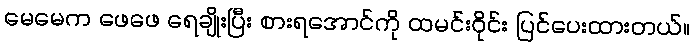
မေမေက ဖေဖေ ရေချိုးပြီး စားရအောင်ကို ထမင်းဝိုင်း ပြင်ပေးထားတယ်။